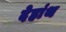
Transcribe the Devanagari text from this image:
देहांथ